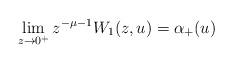
LaTeX: \begin{gather*} \lim_{z\to0^+} z^{-\mu-1} W_1(z,u)=\alpha_+(u)\end{gather*}